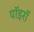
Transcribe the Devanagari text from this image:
पॉइरॉ